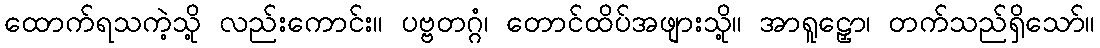
ထောက်ရသကဲ့သို့ လည်းကောင်း။ ပဗ္ဗတဂ္ဂံ၊ တောင်ထိပ်အဖျားသို့။ အာရူဠှော၊ တက်သည်ရှိသော်။